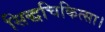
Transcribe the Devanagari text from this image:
सिद्धचिकित्सा।